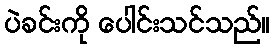
ပဲခင်းကို ပေါင်းသင်သည်။